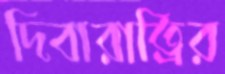
দিবারাত্রির